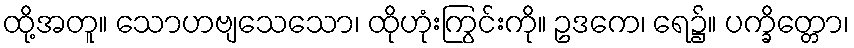
ထို့အတူ။ သောဟဗျသေသော၊ ထိုဟုံးကြွင်းကို။ ဥဒကေ၊ ရေ၌။ ပက္ခိတ္တော၊